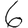
Digit: 6